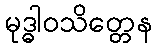
မုဒ္ဓါဝသိတ္တေန